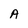
Character: A